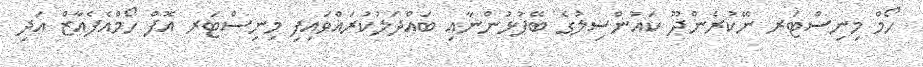
ހޯމް މިނިސްޓަރ ނޭކުރެންދޫ ކައުންސިލުގެ ބޭފުޅުންނާއި ބައްދަލުކުރައްވައިފި މިިނިސްޓަރ އޮފް ހޯމްއެފެއާޒް އަދި